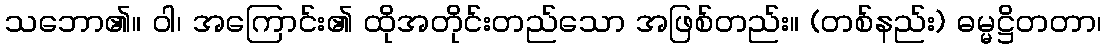
သဘော၏။ ဝါ၊ အကြောင်း၏ ထိုအတိုင်းတည်သော အဖြစ်တည်း။ (တစ်နည်း) ဓမ္မဋ္ဌိတတာ၊